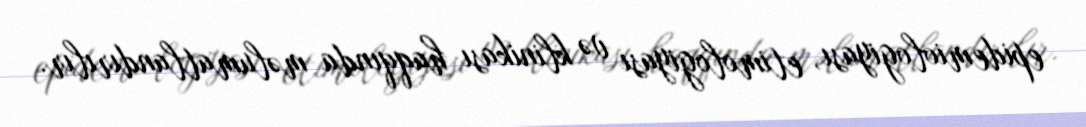
epidemiologiyası, etimologiyası və klinikası haqqında məlumatlandırılır.